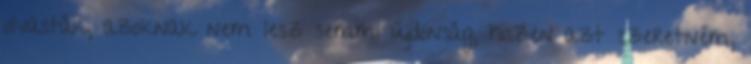
olvasták, azoknak nem lesz semmi újdonság, hiszen azt szeretném,